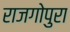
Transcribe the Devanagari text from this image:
राजगोपुरा